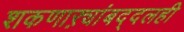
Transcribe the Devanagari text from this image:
शकणाऱ्यांबद्दलही